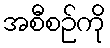
အစီစဉ်ကို